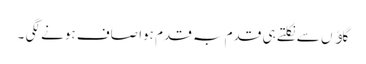
گاﺅں سے نکلتے ہی قدم بہ قدم ہوا صاف ہونے لگی ۔